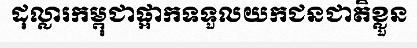
ដុល្លារកម្ពុជាផ្អាកទទួលយកជនជាតិខ្លួន